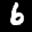
Label: 6